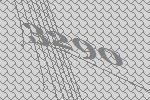
3290